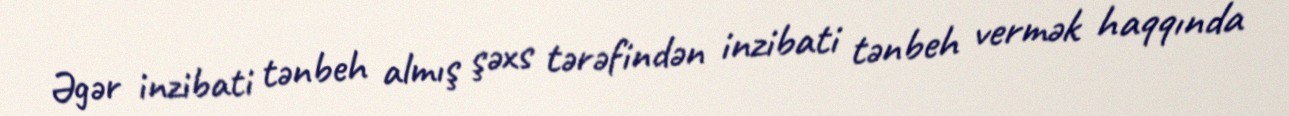
Əgər inzibati tənbeh almış şəxs tərəfindən inzibati tənbeh vermək haqqında